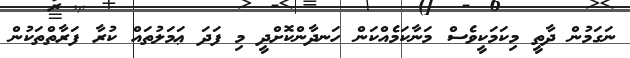
ނަގަމުން ދާތީ މިކަމަކީވެސް މަނާކަމެއްކަން ހަނދާންކޮށްދީ މި ފަދަ ޢަމަލުތައް ކުރާ ފަރާތްތަކުން